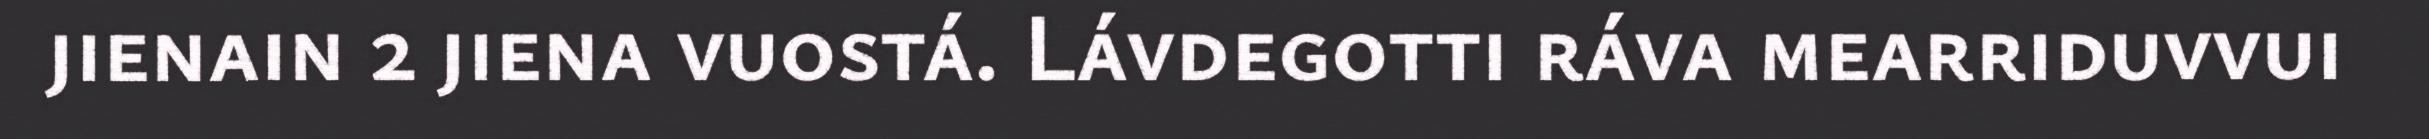
jienain 2 jiena vuostá. Lávdegotti ráva mearriduvvui